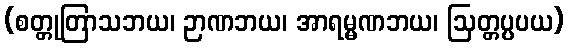
(စတ္တုတြာသဘယ၊ ဉာဏဘယ၊ အာရမ္မဏဘယ၊ ဩတ္တပ္ပပယ)